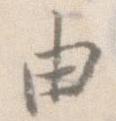
由